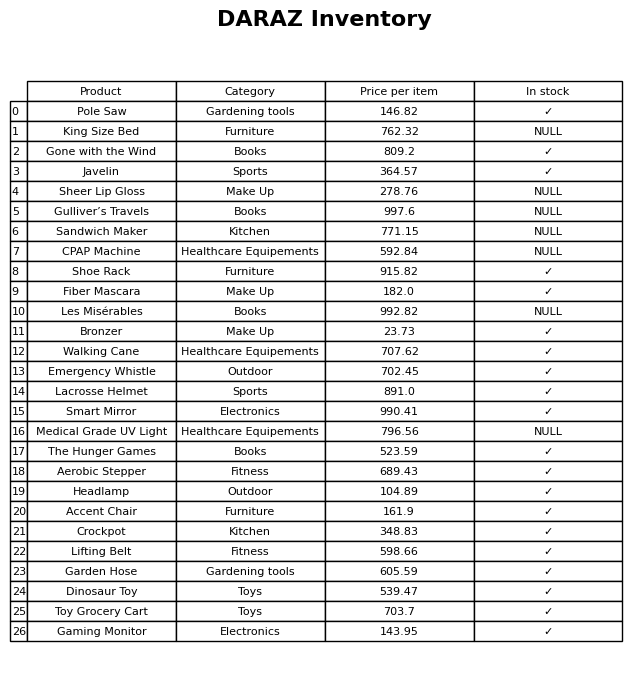
question: Is the Sheer Lip Gloss in stock?
answer: NULL